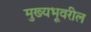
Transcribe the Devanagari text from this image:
मुख्यभूवरील